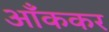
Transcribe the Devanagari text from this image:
आँककर